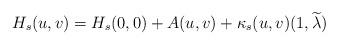
LaTeX: \begin{align*}H_s(u,v)=H_s(0,0)+A(u,v)+\kappa_s(u,v)(1,\widetilde{\lambda})\end{align*}